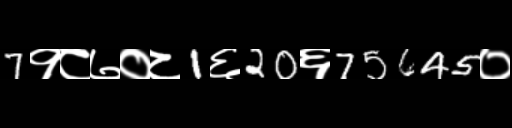
Text: 7१८७०८1६20६75645०